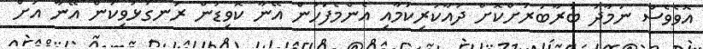
އޮވެވެސް ނަމާދު ބަރާބަރަށްކޮށް ދުއާކުރިކަމާއި އެންމެފަހުން އޭނާ ކޮވިޑުން ރަނގަޅުވިކަން އޭނާ އަށް